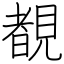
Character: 覩